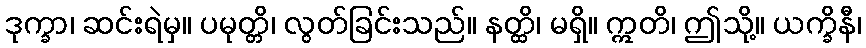
ဒုက္ခာ၊ ဆင်းရဲမှ။ ပမုတ္တိ၊ လွတ်ခြင်းသည်။ နတ္ထိ၊ မရှိ။ ဣတိ၊ ဤသို့။ ယက္ခိနီ၊